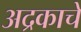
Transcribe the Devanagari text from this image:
अद्रकाचे